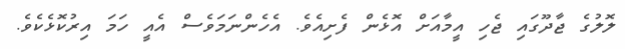
ލޮލުގެ ޖާދޫގައި ޖެހި އީމާއަށް އޮޅެން ފެށިއެވެ. އެހެންނަމަވެސް އެއީ ހަމަ އިރުކޮޅެކެވެ.